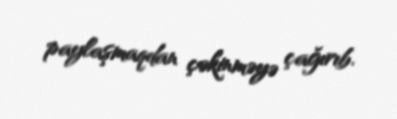
paylaşmaqdan çəkinməyə çağırıb.